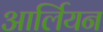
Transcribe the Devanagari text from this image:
आर्लियन